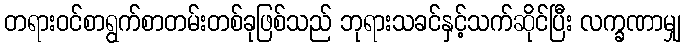
တရားဝင်စာရွက်စာတမ်းတစ်ခုဖြစ်သည် ဘုရားသခင်နှင့်သက်ဆိုင်ပြီး လက္ခဏာမျှ